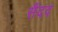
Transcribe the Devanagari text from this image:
सैंदद